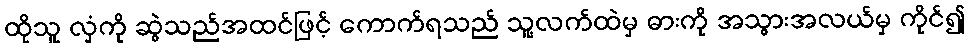
ထိုသူ လှံကို ဆွဲသည်အထင်ဖြင့် ကောက်ရသည် သူ့လက်ထဲမှ ဓားကို အသွားအလယ်မှ ကိုင်၍